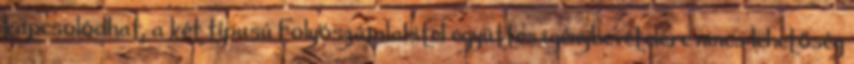
kapcsolódhat, a két típusú Folyószámlahitel együttes igénybevételére nincs lehetőség